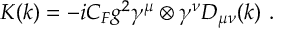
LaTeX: K ( k ) = - i C _ { F } g ^ { 2 } \gamma ^ { \mu } \otimes \gamma ^ { \nu } D _ { \mu \nu } ( k ) ~ .